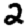
Digit: 2